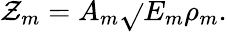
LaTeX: \mathcal{Z}_{m}=A_{m}\sqrt{}{{E_{m}\rho_{m}}}.